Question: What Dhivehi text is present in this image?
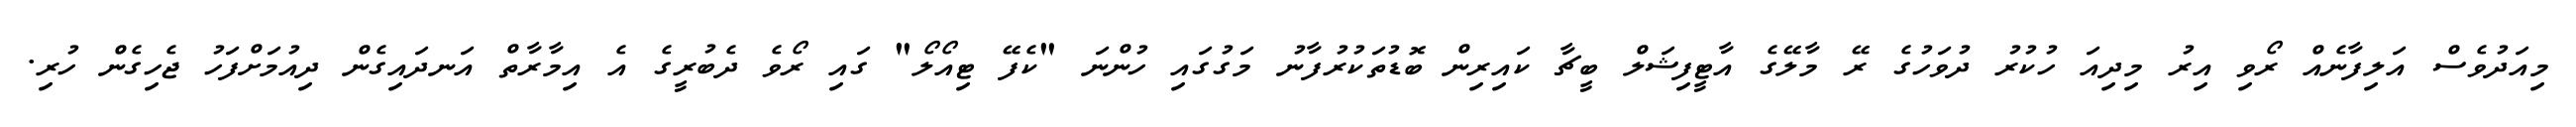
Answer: މިއަދުވެސް އަލިފާނެއް ރޯވި އިރު މިދިއަ ހުކުރު ދުވަހުގެ ރޭ މާލޭގެ އާޓީފިޝަލް ބީޗާ ކައިރިން ބޮޑުތަކުރުފާނު މަގުގައި ހުންނަ "ކެފޭ ޓިއޯލޯ" ގައި ރޯވެ ދެބުރީގެ އެ އިމާރާތް އަނދައިގެން ދިއުމަށްފަހު ޖެހިގެން ހުރި.